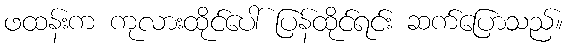
ဖထန်းက ကုလားထိုင်ပေါ် ပြန်ထိုင်ရင်း ဆက်ပြောသည်။